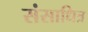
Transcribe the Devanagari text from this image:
संसाधित्र